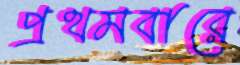
প্রথমবারে